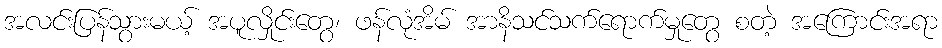
အလင်းပြန်သွားမယ့် အပူလှိုင်းတွေ၊ ဖန်လုံအိမ် အာနိသင်သက်ရောက်မှုတွေ စတဲ့ အကြောင်းအရာ